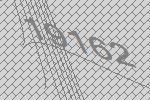
19162